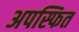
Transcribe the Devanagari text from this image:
अपस्फित